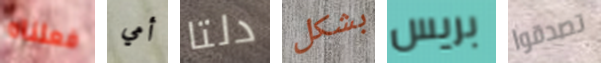
فعلناه أمي دلتا بشكل بريس تصدقوا